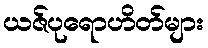
ယဇ်ပုရောဟိတ်များ